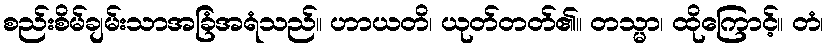
စည်းစိမ်ချမ်းသာအခြံအရံသည်။ ဟာယတိ၊ ယုတ်တတ်၏။ တသ္မာ၊ ထိုကြောင့်။ တံ၊